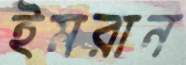
ইমরান